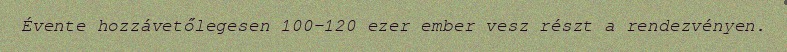
Évente hozzávetőlegesen 100-120 ezer ember vesz részt a rendezvényen.